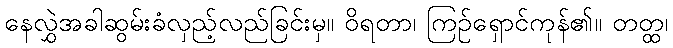
နေလွှဲအခါဆွမ်းခံလှည့်လည်ခြင်းမှ။ ဝိရတာ၊ ကြဉ်ရှောင်ကုန်၏။ တတ္ထ၊